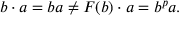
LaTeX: b \cdot a = b a \neq F ( b ) \cdot a = b ^ { p } a .